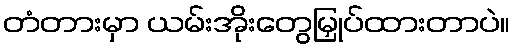
တံတားမှာ ယမ်းအိုးတွေမြှုပ်ထားတာပဲ။